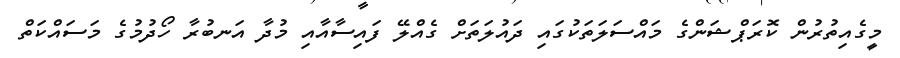
މީގެއިތުރުން ކޮރަޕްޝަންގެ މައްސަލަތަކުގައި ދައުލަތަށް ގެއްލޭ ފައިސާއާއި މުދާ އަނބުރާ ހޯދުމުގެ މަސައްކަތް